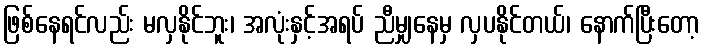
ဖြစ်နေရင်လည်း မလှနိုင်ဘူး၊ အလုံးနှင့်အရပ် ညီမျှနေမှ လှပနိုင်တယ်၊ နောက်ပြီးတော့